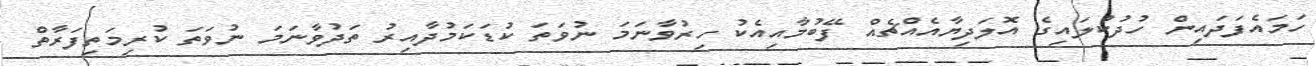
ހަމައެފަދައިން ހުދުކުލައިގެ އޮލަދިޔާއެއްޗެއް ފޭބުމާއިއެކު ހިރުވާނަމަ ނުވަތަ ކުޑަކަމުދާއިރު ތަދުވާނަމަ ނުވަތަ ކުރިމަތިފަރާތް